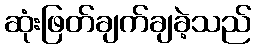
ဆုံးဖြတ်ချက်ချခဲ့သည်